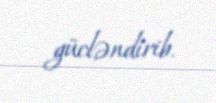
gücləndirib.